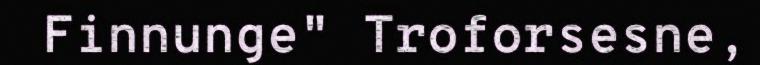
Finnunge" Troforsesne,